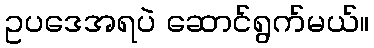
ဥပဒေအရပဲ ဆောင်ရွက်မယ်။